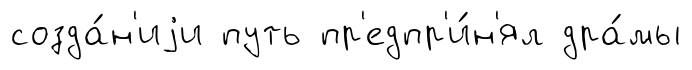
созда́н'иjи путь пр'едпр'и́н'ял дра́мы